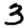
Digit: 3